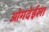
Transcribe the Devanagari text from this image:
ओगदेईला